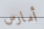
أمارس